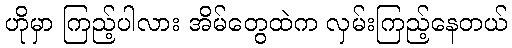
ဟိုမှာ ကြည့်ပါလား အိမ်တွေထဲက လှမ်းကြည့်နေတယ်